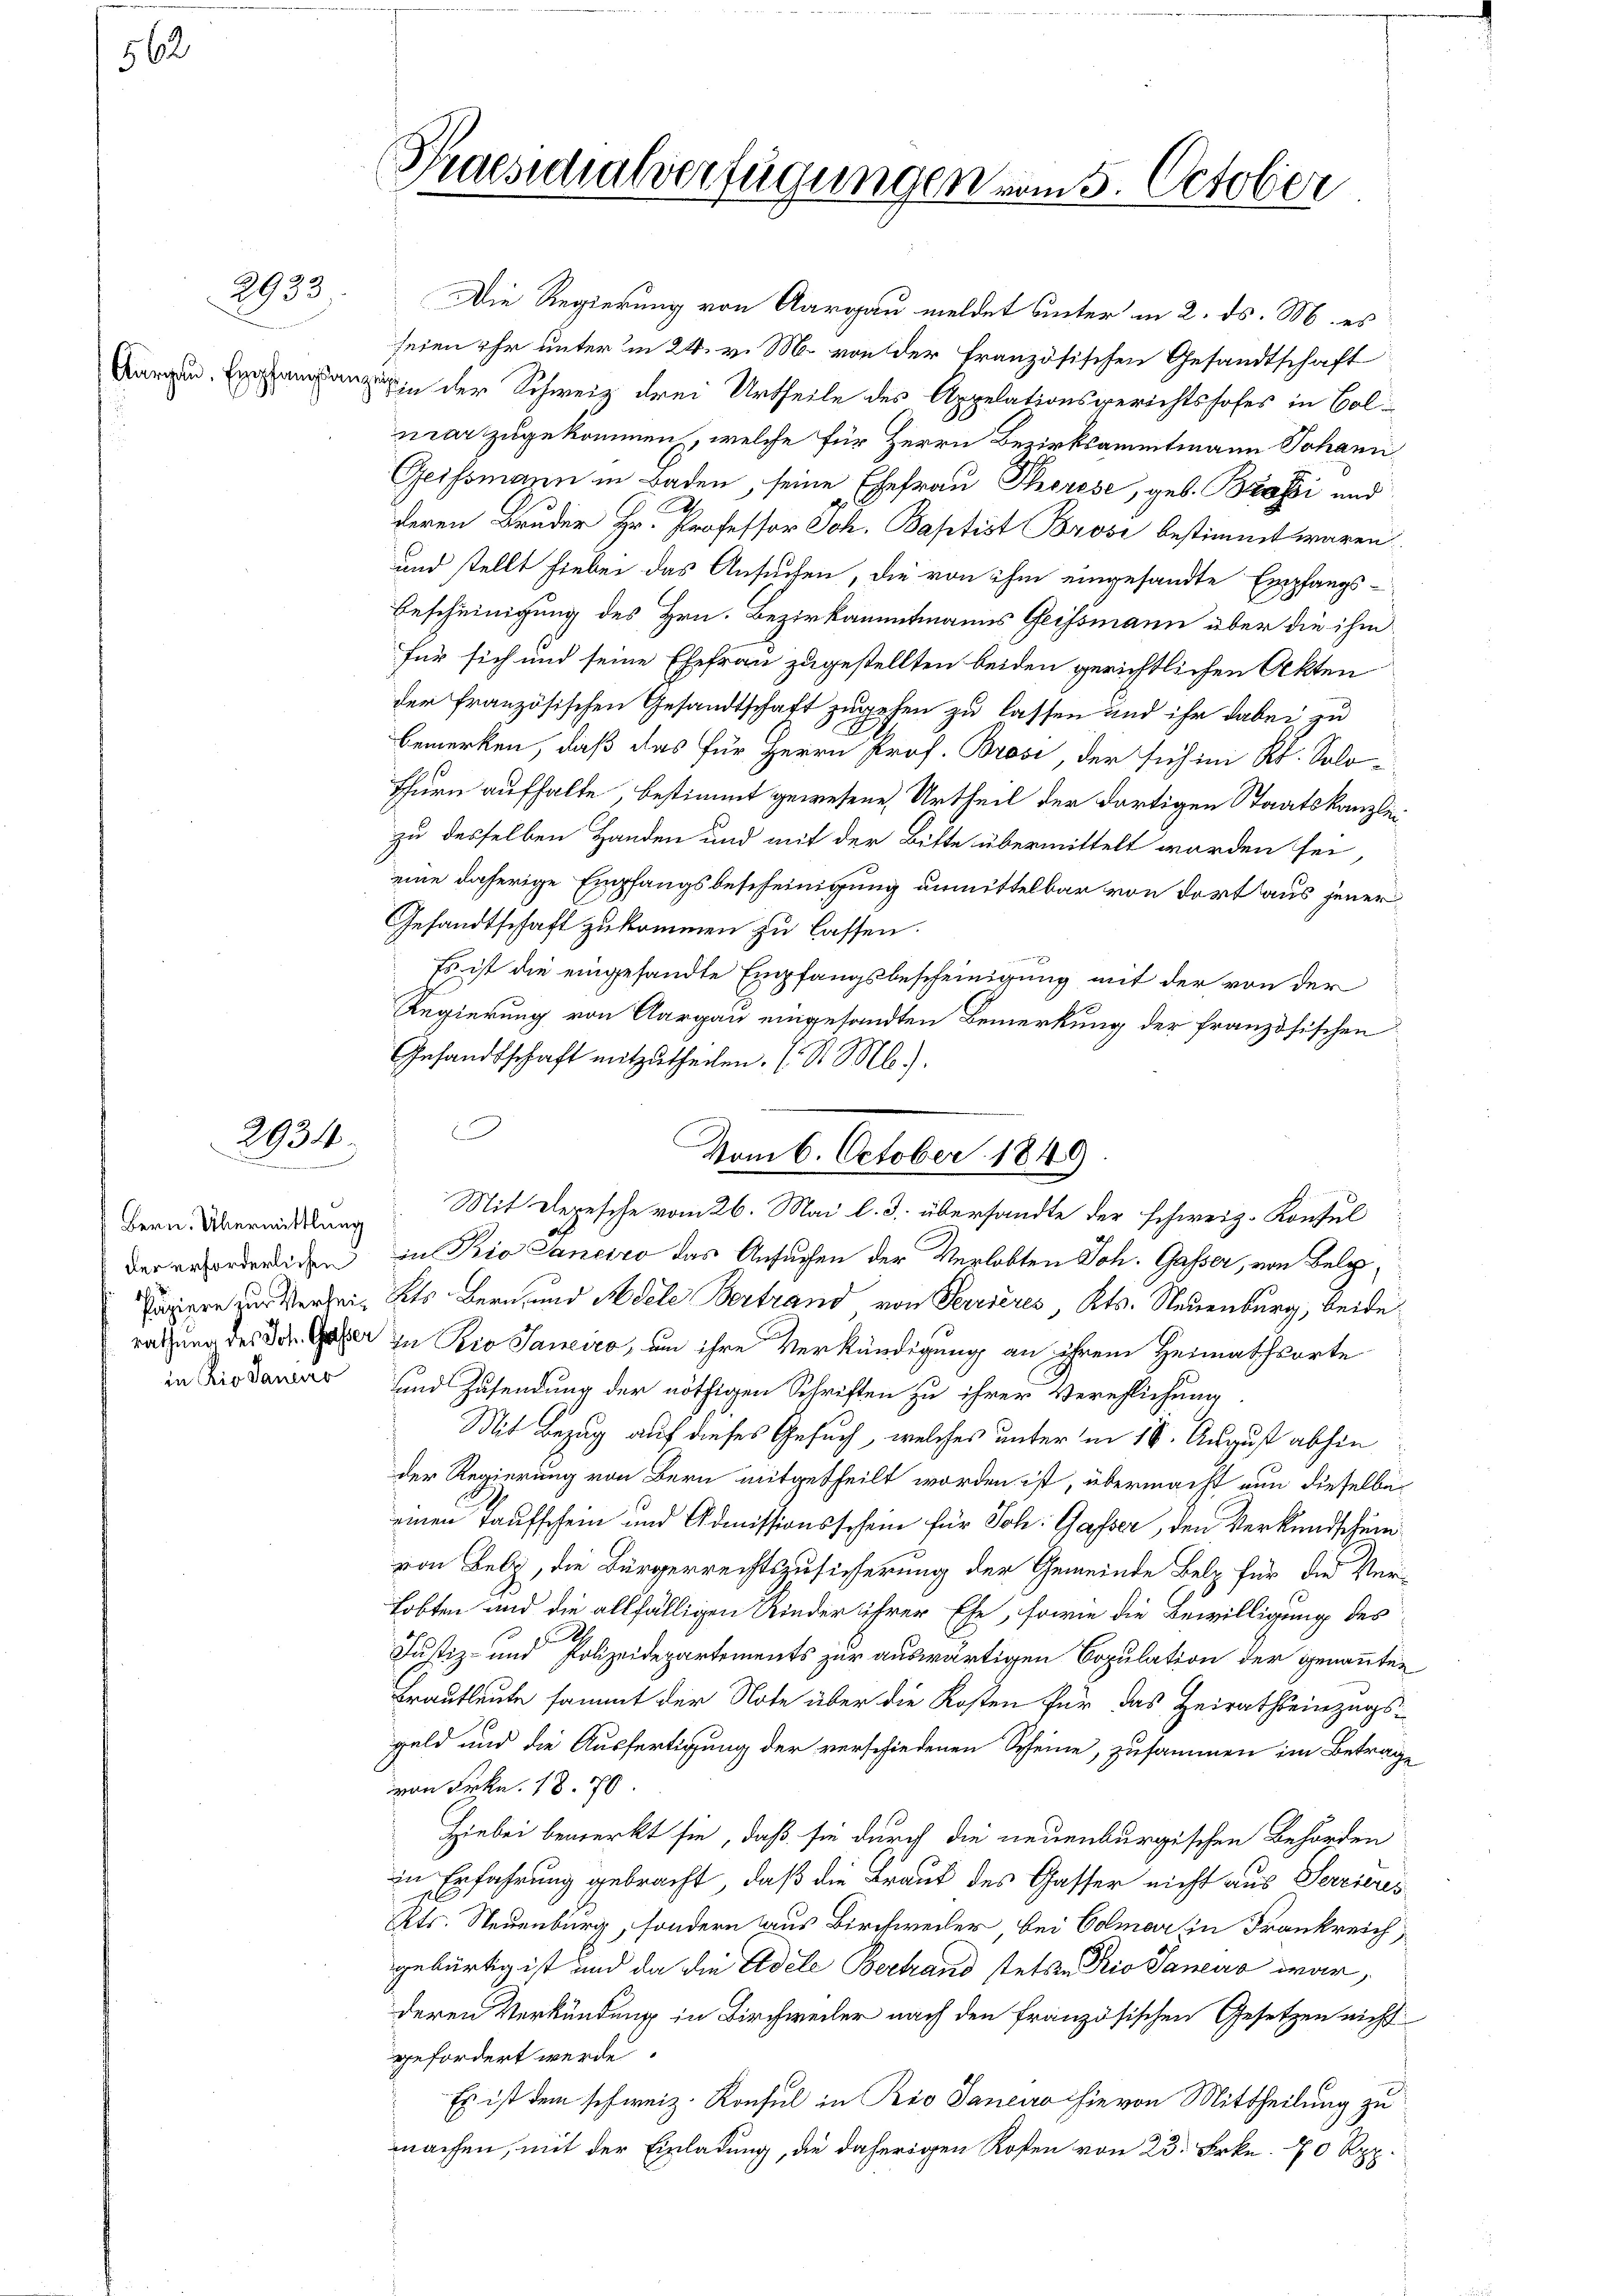
562

2933

2934
n

Bern. Übermittlung

Die Regierung von Aargau meldet unter in 2. ds. M. es
seien ihr unter in 24. v. M. von der Französischen Gesandtschaft
anin der Schweiz drei Urtheile des Appelationsgerichtshofes in Colnar zugekommen, welche für Herrn Bezirksamtmann Johann
Geissmann in Baden, seine Ehefrau Thorese, geb. Brasi und
deren Bruder Hr. Professor Joh. Baptist Brosi bestimmt waren
und stellt hiebei das Ansuchen, die von ihm eingesandte Empfangs¬
Bescheinigung des Hrn. Bezirkaümitmanns Geissmann über die ihm
für sich und seine Ehefrau zugestellten beiden gerichtlichen Akten
der französischen Gesandtschaft zugehen zu lassen und ihr dabei zu
bemerken, daß das für Herrn Prof. Brosi, der sich in Rl. Solo¬
Thurn aufhalte, bestimmt gewesene Urtheil der dortigen Staatskanzlei
zu desselben Handen und mit der Bitte übermittelt worden sei,
eine daherige Empfangsbescheinigung unmittelbar von dort aus jener
Gesandtschaft zukommen zu lassen.
Es ist die eingesandte Empfangsbescheinigung mit der von der
Regierung von Aargau eingesandten Bemerkung der französischen
Gesandtschaft mitzutheilen. (St. Ml).
.
der erforderlichen in Rio Saneiro das Ansuchen der Verlobten Joh. Gasser, von Bele¬
Japere zur Verheit dits Bern und Adele Bertrand von Terrieres, Kts. Neuenburg, beide
rathung des Die Gaber zu Rio Janeiro, um ihre Verkündigung an ihrem Heimathsorte
in die sind Zusendung der nöthigen Schriften zu ihrer Verehlichung
Mit Bezug auf dieses Gesuch, welches unter in 19. August abhin
der Regierung von Bern mitgetheilt worden ist, übermacht nun dieselbe
einen Taufschein und Admissionsschein für Joh. Gasser, den Verkundschein
von Belg, die Bürgerrechtszusicherung der Gemeinde Belz für die Verhobten und die allfälligen Kinder ihrer Ehe, sowie die Bewilligung des
1
Justiz- und Polizeidepartements zur auswärtigen Copulation der genannten
Brautleute sammt der Note über die Kosten für das Heirathseinzugsgeld und die Ausfertigung der verschiedenen Scheine, zusammen im Betrage
von Frkn. 18. 70
Hiebei bemerkt sie, daß sie durch die neuenburgischen Behörden
in Erfahrung gebracht, daß die Braut des Gasser nicht aus Serrieres
Kts. Neuenburg, sondern aus Birchweiler, bei Colmar in Frankreich,
gebürtig ist und da die Edele Bertrand stetten Rio Saneur war,
deren Verkündung in Birchweiler nach den französischen Gesetzen nicht
gefordert werde.
Es ist dem schweiz. Konsul in Rio Saneiro hievon Mittheilung zu
machen, mit der Einladung, die daherigen Kosten von 23. Frkn. 70 Rpp.

Praesidialverfügungen vom 5. October

Vom 6. October 1849
Mit Depesche vom 26. Mai l. J. übersandte der schweiz. Konsul